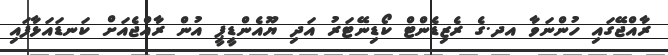
ރާއްޖޭގައި ހުންނަވާ އދ.ގެ ރެޒިޑެންޓް ކޯޑިނޭޓަރު އަދި ޔޫއެންޑީޕީ އުން ރާއްޖެއަށް ކަނޑައަޅާފައި